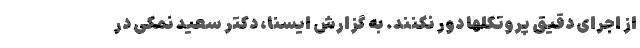
از اجرای دقیق پروتکلها دور نکنند. به گزارش ایسنا، دکتر سعید نمکی در